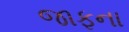
જાફના